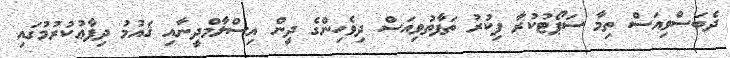
ދެބަސްވިއަސް ތިމާ ސަޕޯޓުކުރާ ފިކުރު ތަފާތުވިއަސް ދިވެހިންގެ ދީން އިސްލާމްދީނާއި ޤައުމު ދިފާޢުކުރުމުގައި